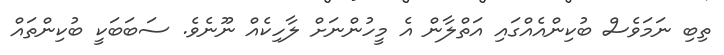
ތިބި ނަމަވެސް ބުކިންއެއްގައި އަތްލާން އެ މީހުންނަށް ލާހިކެއް ނޫނެވެ. ސަބަބަކީ ބުކިންތައް